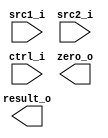
//Subject:     CO project 2 - ALU
//--------------------------------------------------------------------------------
//Version:     1
//--------------------------------------------------------------------------------
//Writer:      
//----------------------------------------------
//Date:        
//----------------------------------------------
//Description: 
//--------------------------------------------------------------------------------
`timescale 1ns/1ps
module ALU(
    src1_i,
	src2_i,
	ctrl_i,
	result_o,
	zero_o
	);
     
//I/O ports
input signed [32-1:0]  src1_i;
input signed [32-1:0]  src2_i;
input  [4-1:0]   ctrl_i;

output [32-1:0]	 result_o;
output           zero_o;

//Internal signals
reg    [32-1:0]  result_o;
wire             zero_o;

//Parameter

//Main function

endmodule